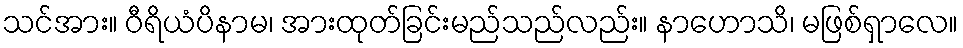
သင်အား။ ဝီရိယံပိနာမ၊ အားထုတ်ခြင်းမည်သည်လည်း။ နာဟောသိ၊ မဖြစ်ရှာလေ။